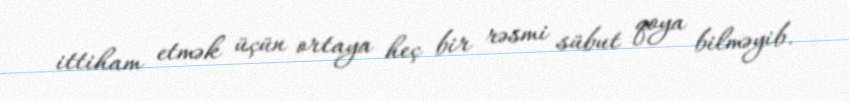
ittiham etmək üçün ortaya heç bir rəsmi sübut qoya bilməyib.